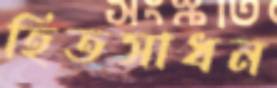
হিতসাধন